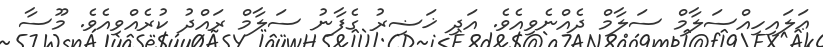
ޢަލައިހިއްސަލާމް ސަލާމް ދެއްނެވިއެވެ. އަދި ޚަޟިރު ގެފާނު ސަލާމް ރައްދު ކުރެއްވިއެވެ. މޫސާ